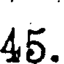
45.